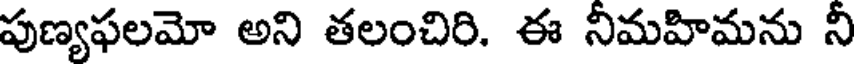
పుణ్యఫలమో అని తలంచిరి. ఈ నీమహిమను నీ